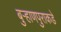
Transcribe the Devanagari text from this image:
बुऱ्हाणपुराकडे